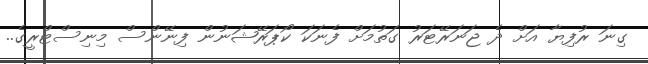
ގިނަ ރުފިޔާ އަށް ދެ ޖަނަރޭޓަރު ގަތުމަށް ފެނަކަ ކޯޕަރޭޝަނުން ފިނޭންސް މިނިސްޓްރީގެ..